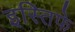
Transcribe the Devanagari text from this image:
इस्तिफे